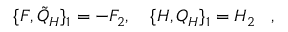
\{ F , { \tilde { Q } } _ { H } \} _ { 1 } = - F _ { 2 } , \quad \{ H , Q _ { H } \} _ { 1 } = H _ { 2 } \, \, \, \, \, ,